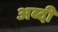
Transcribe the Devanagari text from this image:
अब्दी